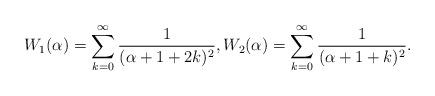
LaTeX: \begin{align*}W_1(\alpha) = \sum_{k = 0}^{\infty} \frac{1}{(\alpha+1+2k)^2}, W_2(\alpha) = \sum_{k=0}^{\infty} \frac{1}{(\alpha+1+k)^2}. \end{align*}